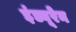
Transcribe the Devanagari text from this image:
इंड्यूरेन